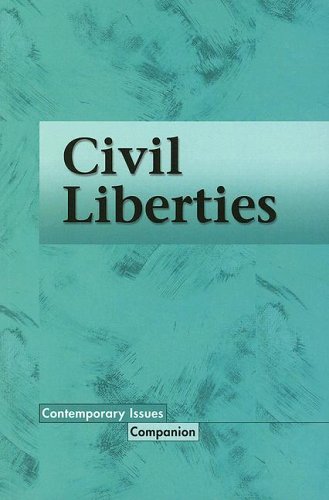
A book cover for Civil Liberties (Contemporary Issues Companion); Rebecca Parks; Teen & Young Adult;